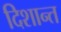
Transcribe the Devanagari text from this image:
दिशान्त